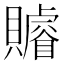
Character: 𧸩